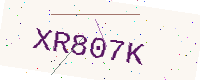
Text: XR807K